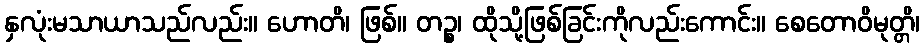
နှလုံးမသာယာသည်လည်း။ ဟောတိ၊ ဖြစ်။ တဉ္စ၊ ထိုသို့ဖြစ်ခြင်းကိုလည်းကောင်း။ စေတောဝိမုတ္တိ၊